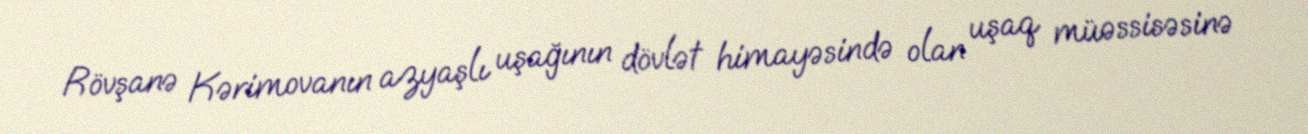
Rövşanə Kərimovanın azyaşlı uşağının dövlət himayəsində olan uşaq müəssisəsinə